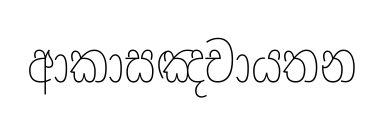
ආකාසඤචායතන